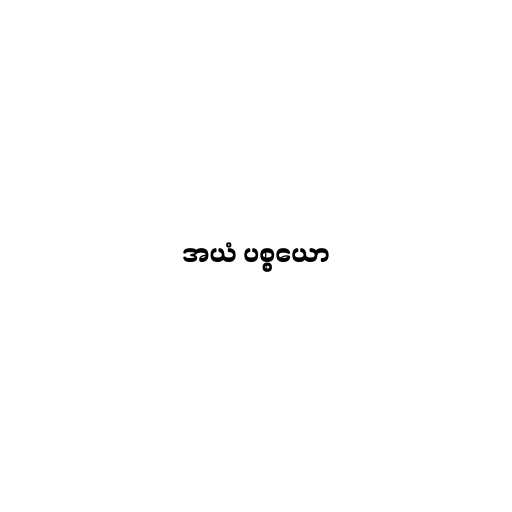
အယံ ပစ္စယော